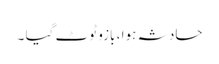
حادثہ ہوا ، بازو ٹوٹ گیا ۔